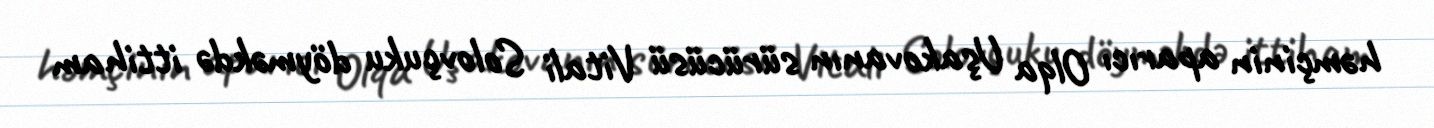
həmçinin aparıcı Olqa Uşakovanın sürücüsü Vitali Solovçuku döyməkdə ittiham